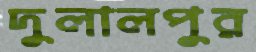
দুলালপুর